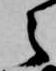
之